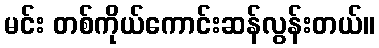
မင်း တစ်ကိုယ်ကောင်းဆန်လွန်းတယ်။